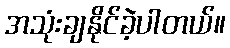
အသုံးချနိုင်ခဲ့ပါတယ်။